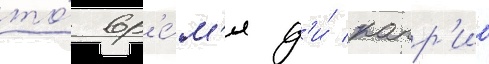
то́ вр'е́м'я д'и́ капр'ио